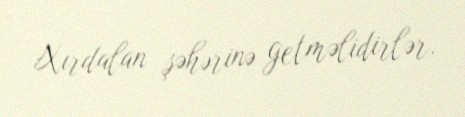
Xırdalan şəhərinə getməlidirlər.